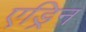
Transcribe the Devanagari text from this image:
एड्रिन